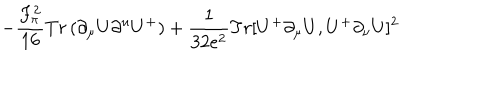
- { \frac { F _ { \pi } ^ { 2 } } { 1 6 } } T r \, ( \partial _ { \mu } U \partial ^ { u } U ^ { + } ) + { \frac { 1 } { 3 2 e ^ { 2 } } } T r [ U ^ { + } \partial _ { \mu } U , U ^ { + } \partial _ { \nu } U ] ^ { 2 }